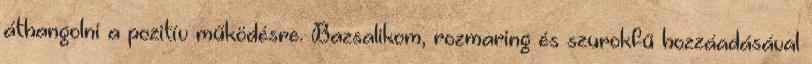
áthangolni a pozitív működésre. Bazsalikom, rozmaring és szurokfű hozzáadásával